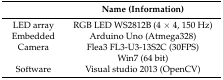
<table><thead><tr><td>[EMPTY_CELL]</td><td><b>Name (Information)</b></td></tr></thead><tbody><tr><td>LED array</td><td>RGB LED WS2812B (4 × 4, 150 Hz)</td></tr><tr><td>Embedded</td><td>Arduino Uno (Atmega328)</td></tr><tr><td>Camera</td><td>Flea3 FL3-U3-13S2C (30FPS)</td></tr><tr><td>[EMPTY_CELL]</td><td>Win7 (64 bit)</td></tr><tr><td>Software</td><td>Visual studio 2013 (OpenCV)</td></tr></tbody></table>